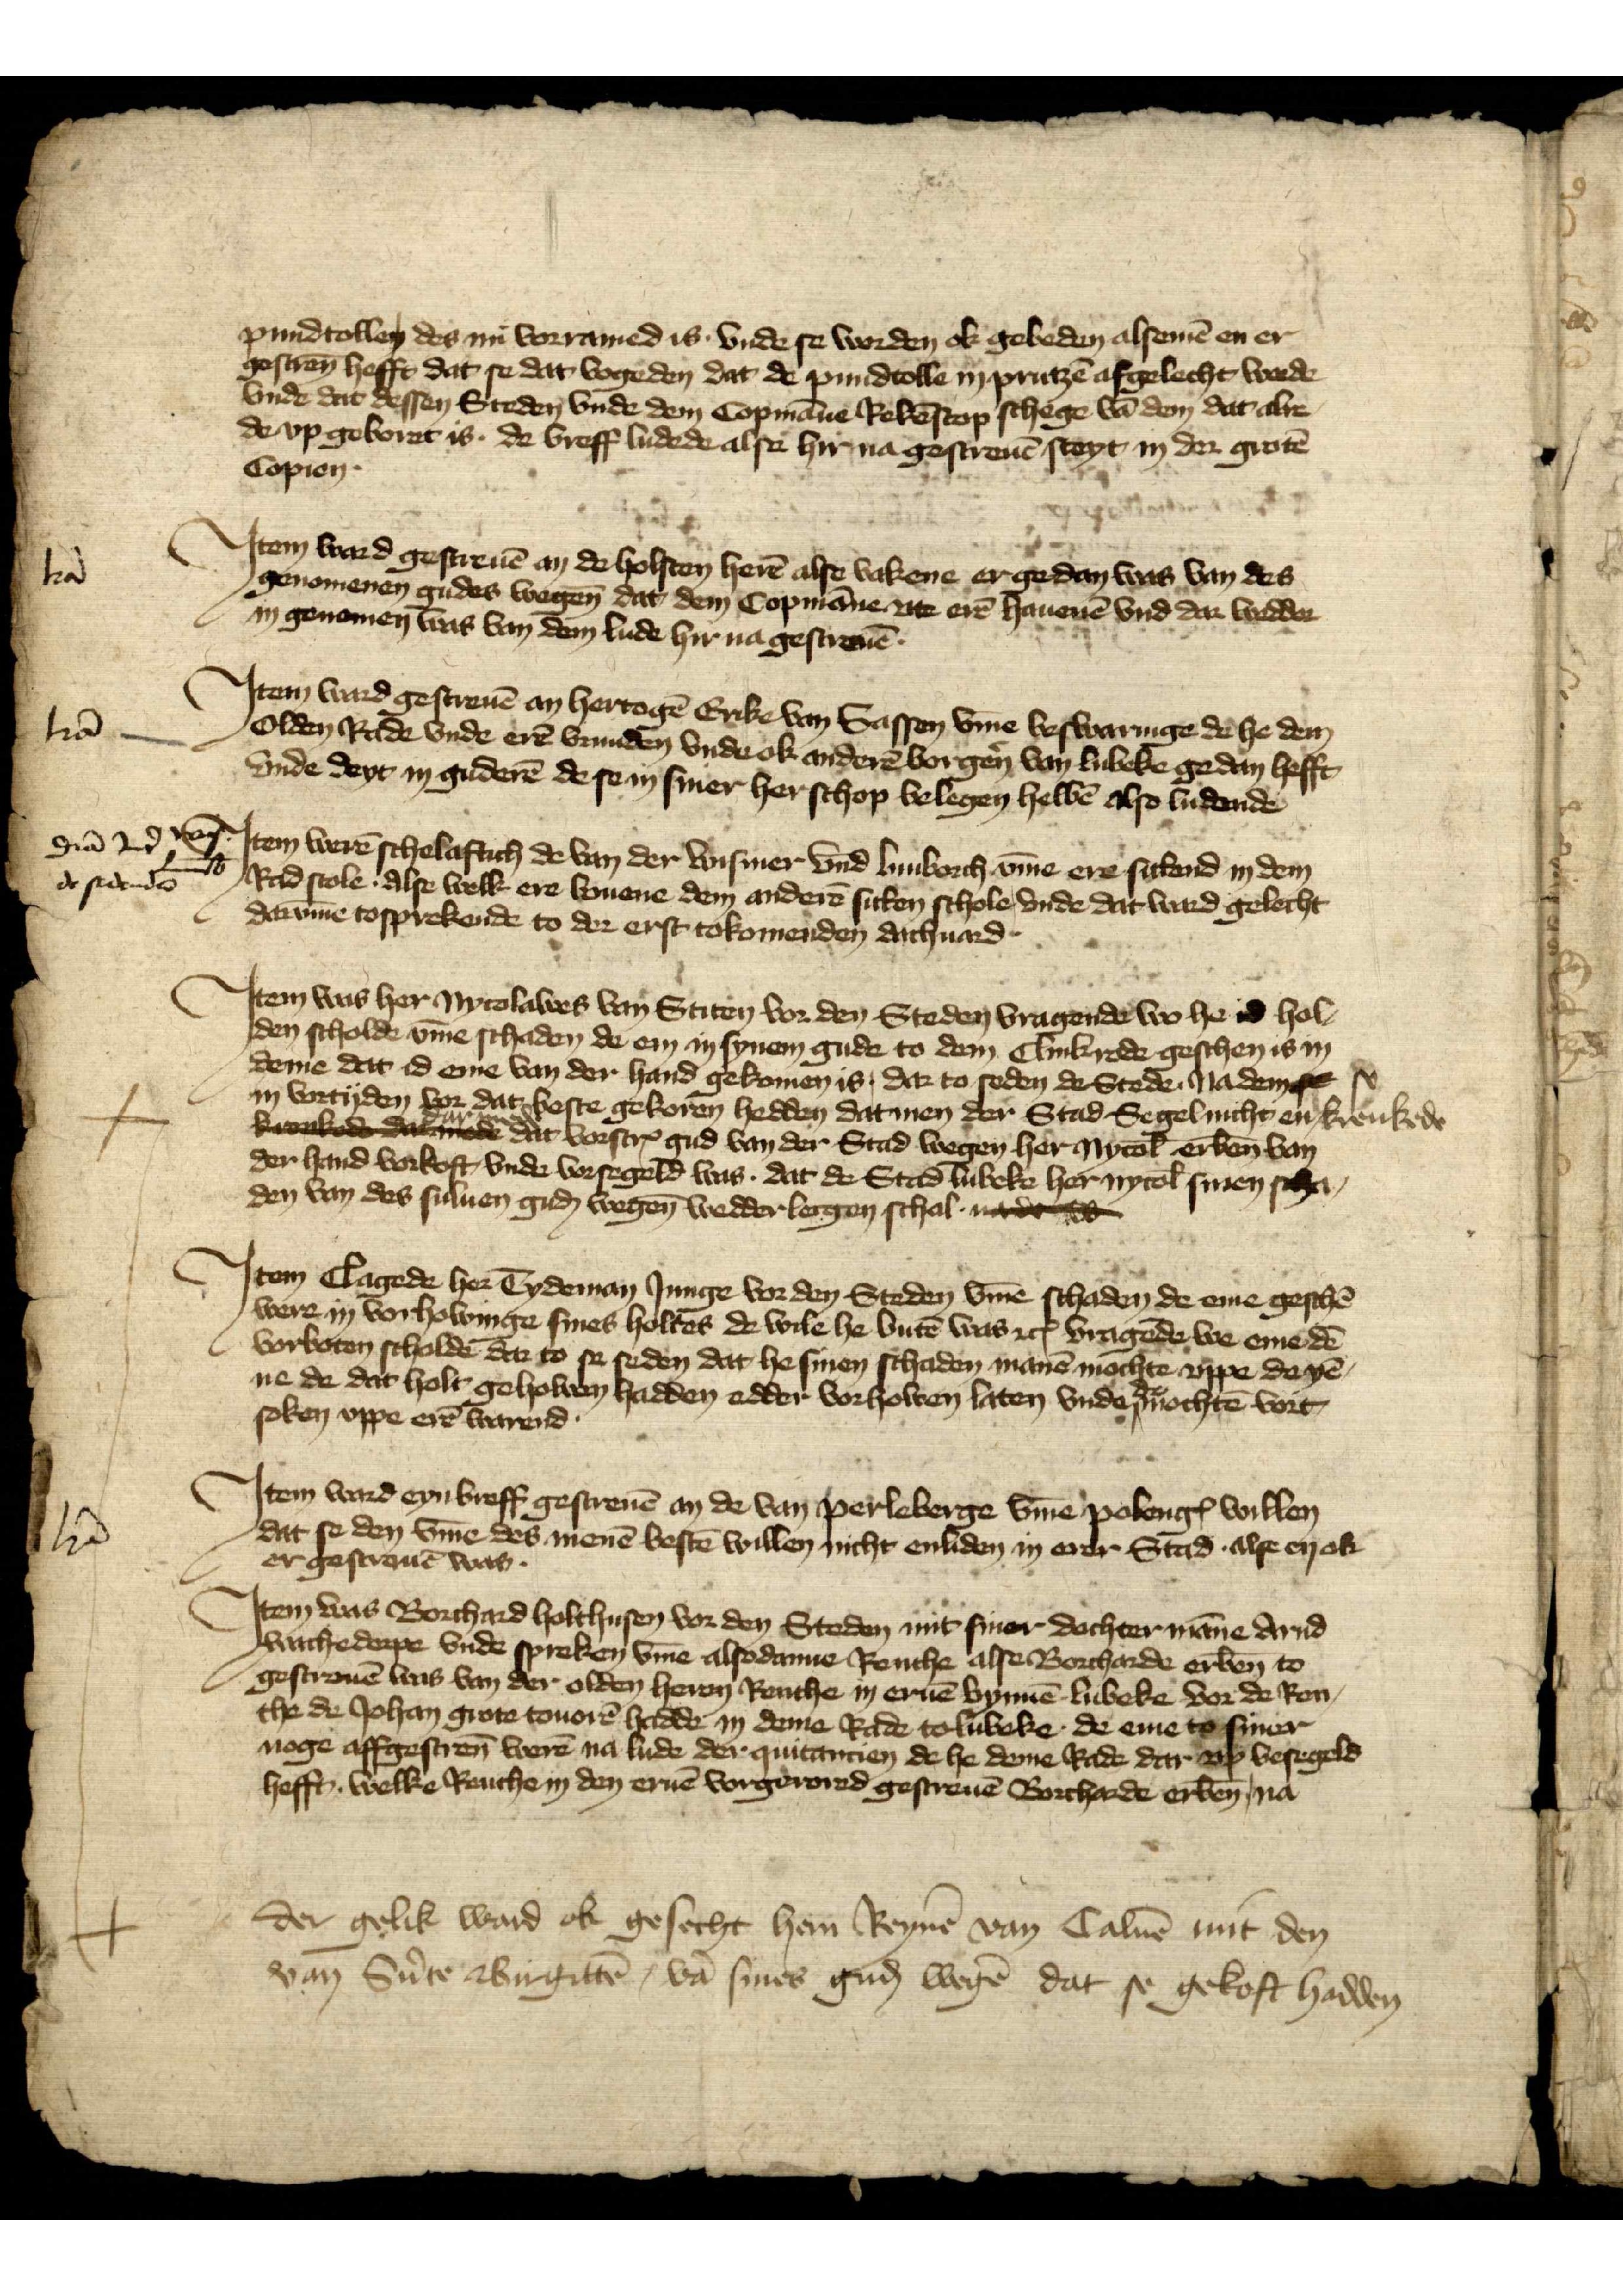
lt̄ā

lt̄ā

diā Jnr̉ nag
Luneb
de sidende

lt̄ā

Jtem ward gescreuē an de holsten herē alse vakene er gedan was van des
pundtollen des nu vorramed is vnde se worden ok gebeden alsemē en er
gescreū hefft, dat se dat vogeden dat de pundtolle in Prutzē afgelecht worde
vnde dat dessen Steden vnde dem Copmāne Rekēscop schege vā dem dat alre¬
de vp geboret is de breff ludede alse hir na gescreuē steyt in der grotē
Copien.

Jtem ward gescreuē an hertogē Erike van Sassen v̄me beswaringe de he den
Jtem ward gescreuē an de holsten herē alse vakene er gedan was van des
genomenen gudes wegen dat dem Copmāne vte erē hauenē vnd dar wedder
in genomen was van den lude hir na gescreuē
Copien.

Jtem ward gescreuē an hertogē Erike van Sassen v̄me beswaringe de he den
genomenen gudes wegen dat dem Copmāne vte erē hauenē vnd dar wedder
in genomen was van den lude hir na gescreuē
Olden Rade vnde erē vrunden vnde ok anderē borgẻn van Lubeke gedan hefft
vnde deyt in guderē de se in siner herschop belegen hebbē also ludende

Jtem werē schelaftich de van der Wismer vnd Luneborch v̄me ere sittend in dem
Rad stole Alse welk ere bouene den anderē sitten schole vnde dat ward gelecht
dar v̄me tosprekende to der erst tokomenden dachuard.
vnde deyt in guderē de se in siner herschop belegen hebbē also ludende

Jtem was her Nycolawes van Stiten vor den Steden vragende wo he id hol¬
den scholde v̄me schaden de en in synem gude to dem Clinkrode geschen is in
deme dat id eme van der hand gekomen is, dar to seden de Stede Na dem se se
in vortyden vor dat beste gekoren hedden dat men der Stad Segel nicht en krenkede
krenkende dar mede dat vorscrꝬ gud van der Stad wegen her Nycol̄ erben̄ van
der hand vorkost vnde vorsegeld was. dat de Stad Lubeke her Nycol̄ sinen scha¬
den van des suluen guḑ wegen̄ wedder lecgen schal me d

der gelik ward ok gesecht hern Reynẻ van Caluē mit den
van Sūte Birgittē vā siner guḑ wegē dat se gekoft hadden

Item ward eyn breff gescreuē an de van Perleberge v̄me polengꝬ willen
Jtem Clagede her Tydeman Junge vor den Steden v̄me schaden de eme geschē
were in vorhowinge sines holtes de wile he butē was etꝬ vragēde we eme dē
vorboten scholde dar to se seden dat he sinen schaden manē mochte vppe do yē¬
ne de dat holt gehowen hadden edder vorhowen laten vnde de mochtē vort¬
soken vppe erē wared.

Jtem ward eyn breff gescreuē an de van Perleberge v̄me polengꝬ willen
dat so den v̄me des menē bestē willen nicht enliden in erer Stad alse en ok
er gescreuē was.

Jtem was Borchard Holthusen vor den Steden mit siner dochter māne Arnd
dat so den v̄me des menē bestē willen nicht enliden in erer Stad alse en ok
Wachedorpe vnde spreken v̄me alsodanne Renthe alse Borcharde erben̄ to
gesreuē was van der olden heren Renthe in eruē bynnē Lubeke vor de Ren¬
the de Johan Grote touorē hadde in deme Rade to Lubeke de eme to siner
noge affgescreū werē na lude der quitancien de he denne Rade dar vp besegeld
hefft, welke Renthe in den eruē vorgerored gescreuē Borcharde erben̄ na